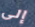
إلى